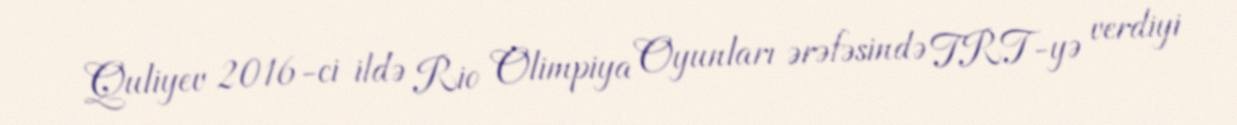
Quliyev 2016-ci ildə Rio Olimpiya Oyunları ərəfəsində TRT-yə verdiyi